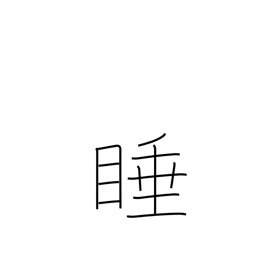
Meaning: drowsy